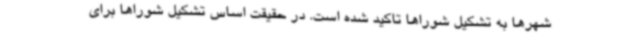
شهرها به تشکیل شوراها تاکید شده است. در حقیقت اساس تشکیل شوراها برای